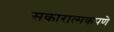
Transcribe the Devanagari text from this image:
सकारात्मकपणे